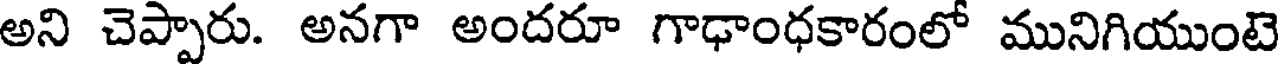
అని చెప్పారు. అనగా అందరూ గాఢాంధకారంలో మునిగియుంటె